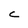
Character: c